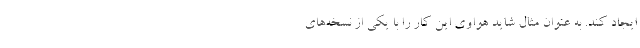
ایجاد کند. به عنوان مثال شاید هواوی این کار را با یکی از نسخه‌های